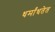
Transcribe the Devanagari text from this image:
धर्मांधतेत